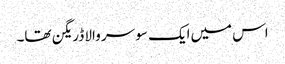
اس میں‌ایک سو سر والا ڈریگن تھا۔